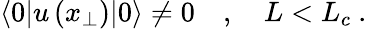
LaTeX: \langle 0|u\left(x_{\perp}\right)|0\rangle\neq 0\quad,\quad L<L_{c}\ .